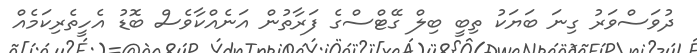
ދުވަސްވަރު ގިނަ ބަޔަކު ތިބީ ބިލް ގޭޓްސްގެ ފަރާތުން އަނެއްކާވެސް ބޮޑު އެހީތެރިކަމެއް